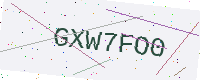
Text: GXW7FO0